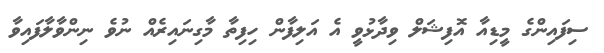
ސިފައިންގެ މީޑިއާ އޮފިޝަލް ވިދާޅުވީ އެ އަލިފާން ހިފިތާ މާގިނައިރެއް ނުވެ ނިންވާލާފައިވާ